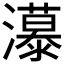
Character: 𰝭